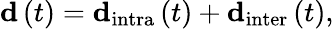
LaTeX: \mathbf{d}\left(t\right)=\mathbf{d}_{\mathrm{intra}}\left(t\right)+\mathbf{d}_{\mathrm{inter}}\left(t\right),